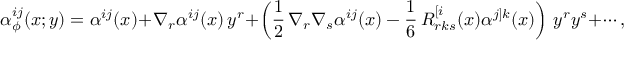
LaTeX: \alpha _ { \phi } ^ { i j } ( x ; y ) = \alpha ^ { i j } ( x ) + \nabla _ { r } \alpha ^ { i j } ( x ) \, y ^ { r } + \left( \frac 1 2 \, \nabla _ { r } \nabla _ { s } \alpha ^ { i j } ( x ) - \frac 1 6 \, R _ { r k s } ^ { [ i } ( x ) \alpha ^ { j ] k } ( x ) \right) \, y ^ { r } y ^ { s } + \cdots ,